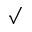
\surd